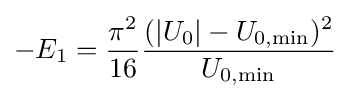
-E_{1}={\frac {\pi ^{2}}{16}}{\frac {(|U_{0}|-U_{0,\mathrm {min} })^{2}}{U_{0,\mathrm {min} }}}